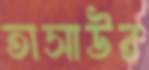
তাসাউর